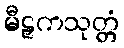
မီဠှကသုတ္တံ